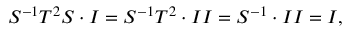
S ^ { - 1 } T ^ { 2 } S \cdot I = S ^ { - 1 } T ^ { 2 } \cdot I I = S ^ { - 1 } \cdot I I = I ,